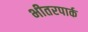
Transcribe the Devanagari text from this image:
भीतरपार्क